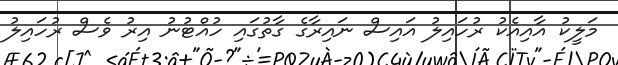
މަލީކު އާއިއެކު ރުހައިލު އައިސް ނައިރާގެ ގާތުގައި ހުއްޓުނު އިރު ވެސް ރުހައިލު